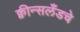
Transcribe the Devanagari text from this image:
क्वीन्सलँडचे